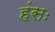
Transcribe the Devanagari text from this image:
हंसः